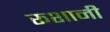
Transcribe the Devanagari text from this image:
रूशानी